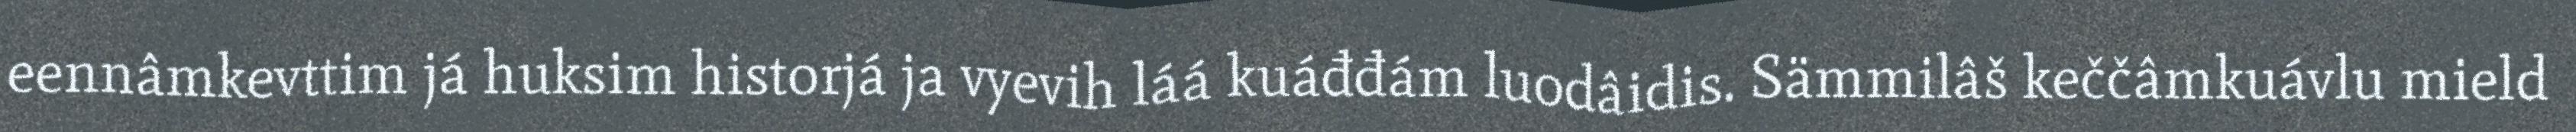
eennâmkevttim já huksim historjá ja vyevih láá kuáđđám luodâidis. Sämmilâš keččâmkuávlu mield